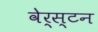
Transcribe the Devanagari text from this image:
वेर्स्‍टन